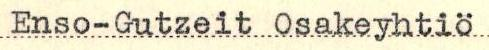
Enso-Gutzeit Osakeyhtiö